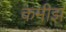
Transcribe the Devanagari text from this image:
कमीझ